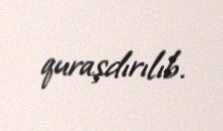
quraşdırılıb.